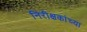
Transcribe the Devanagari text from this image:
निरीक्षकांच्या